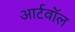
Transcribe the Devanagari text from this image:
आर्टवॉल